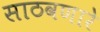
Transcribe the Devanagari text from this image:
साठवणारे